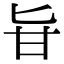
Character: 𠤔